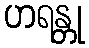
ဟရန္တု